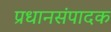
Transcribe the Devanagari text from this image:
प्रधानसंपादक